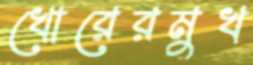
খোরেরমুখ